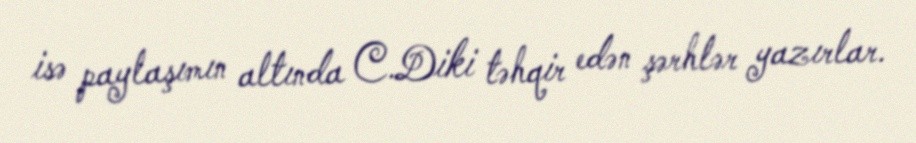
isə paylaşımın altında C.Diki təhqir edən şərhlər yazırlar.